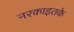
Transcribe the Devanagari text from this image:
नरकाइतके